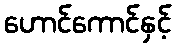
ဟောင်ကောင်နှင့်